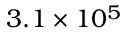
3 . 1 \times 1 0 ^ { 5 }